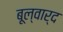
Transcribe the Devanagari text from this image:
बूल्वार्द